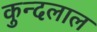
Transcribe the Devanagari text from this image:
कुन्दलाल